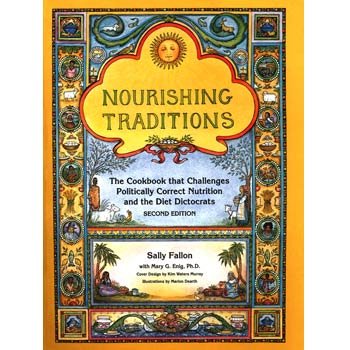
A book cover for Nourishing Traditions Deluxe Edition (The Book that Challenges Politically Correct Nutrition and the Diet Dictocrats); Sally Fallon; Cookbooks, Food & Wine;